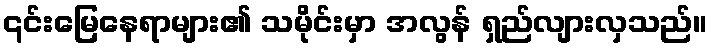
၎င်းမြေနေရာများ၏ သမိုင်းမှာ အလွန် ရှည်လျားလှသည်။